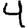
Digit: 4